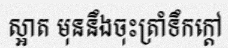
ស្អាត មុននឹងចុះត្រាំទឹកក្តៅ